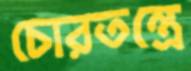
চোরতন্ত্রে